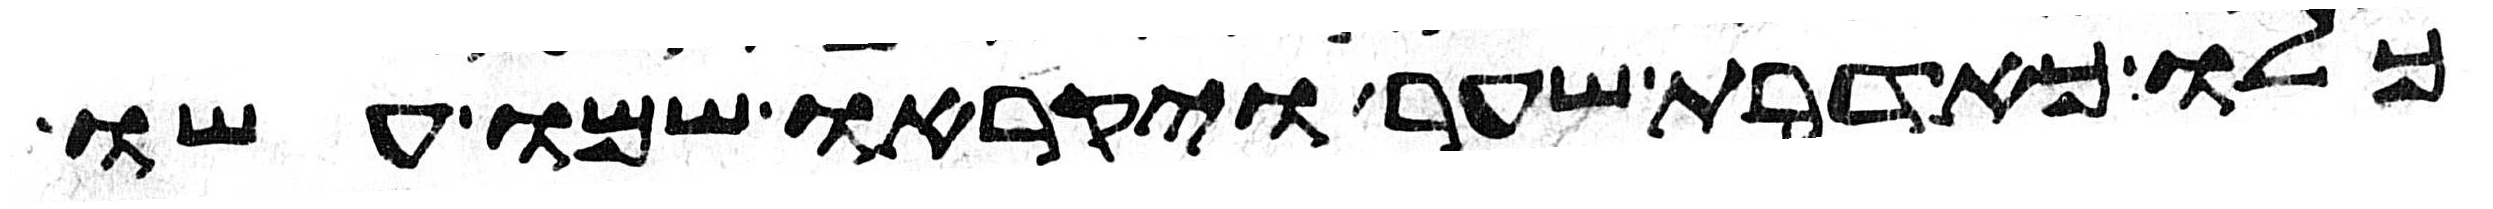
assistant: כלו כאדרת שער ויקראו שמו עשו